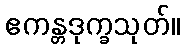
ဧကန္တဒုက္ခသုတ်။